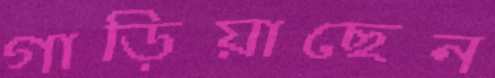
গাড়িয়াছেন